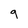
Character: g